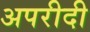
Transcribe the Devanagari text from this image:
अपरीदी